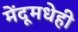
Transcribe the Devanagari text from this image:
मेंदूमधेही